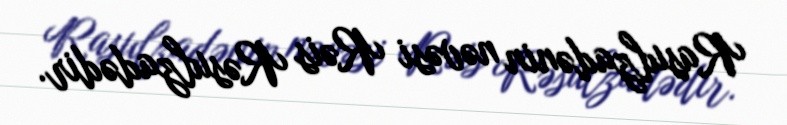
Rasulzadənin nəvəsi Rəis Rəsulzadədir.